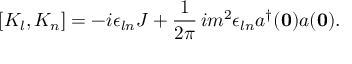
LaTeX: [ K _ { l } , K _ { n } ] = - i \epsilon _ { l n } J + \frac { 1 } { 2 \pi } \, i m ^ { 2 } \epsilon _ { l n } a ^ { \dagger } ( { \bf 0 } ) a ( { \bf 0 } ) .